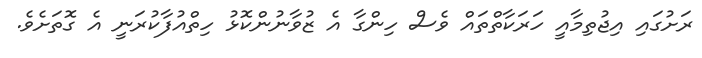
ރަށުގައި އިޖުތިމާއީ ހަރަކާތްތައް ވެސް ހިންގާ އެ ޒުވާނުންކޮޅު ހިތްއުފާކުރަނީ އެ ގޮތަށެވެ.